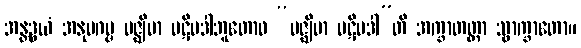
အန္တဒွယံ အနုပဂမ္မ မဇ္ဈိမာ ပဋိပဒါဘူတောဝ “မဇ္ဈိမာ ပဋိပဒါ”တိ အက္ခာတတ္တာ သွာက္ခာတော။